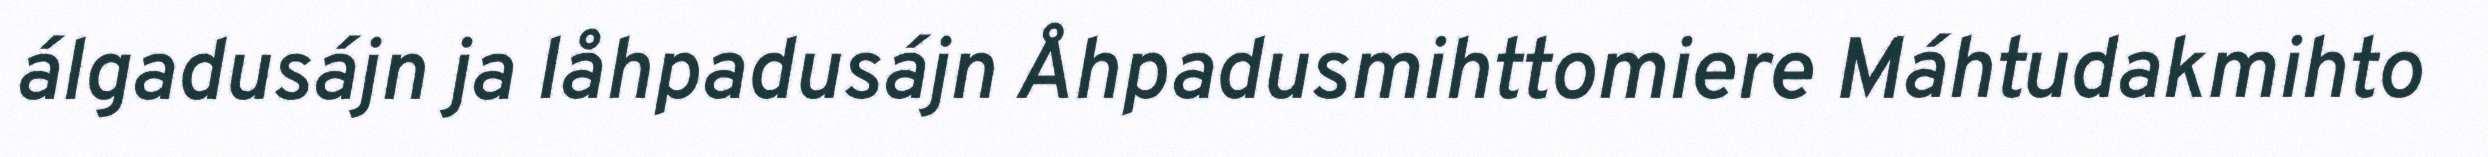
álgadusájn ja låhpadusájn Åhpadusmihttomiere Máhtudakmihto